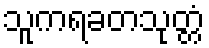
သူကရခတသုတ္တံ